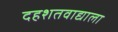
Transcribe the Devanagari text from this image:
दहशतवाद्याला